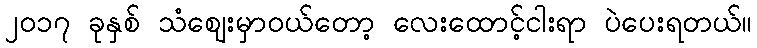
၂၀၁၇ ခုနှစ် သံဈေးမှာဝယ်တော့ လေးထောင့်ငါးရာ ပဲပေးရတယ်။